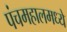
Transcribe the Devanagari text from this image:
पंचमहालमध्ये